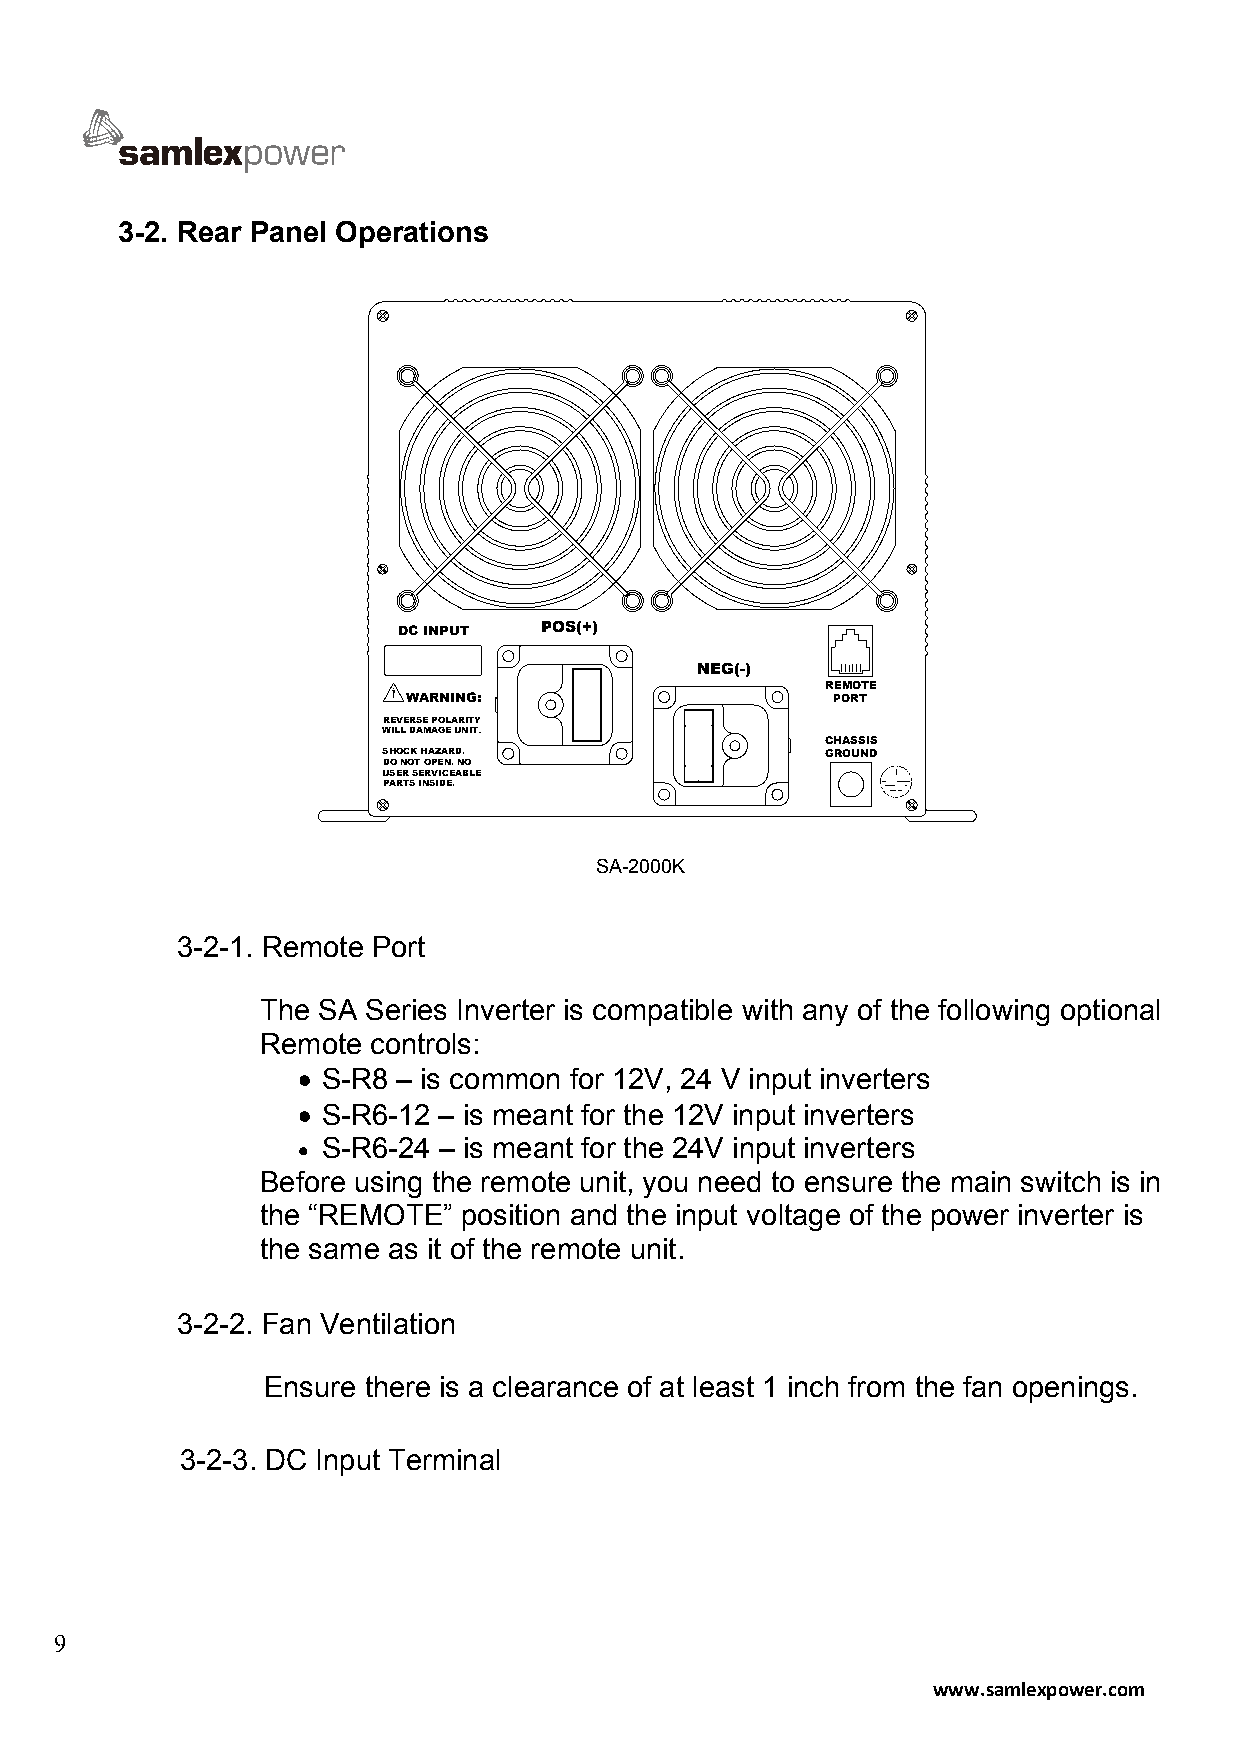
3-2. Rear Panel Operations
 DC INPUT  POS(+)
 NEG(-)
 REMOTE
 WARNING:                    PORT
 REVERSE POLARITY
 WILL DAMAGE UNIT
 CHASSIS
 SHOCK HAZARD.                 GROUND
 DO NOT OPEN. NO
 USER SERVICEABLE
 PARTS INSIDE.
 SA-2000K
 3-2-1. Remote Port
 The SA Series Inverter is compatible with any of the following optional
 Remote controls:
 • S-R8 – is common for 12V, 24 V input inverters
 • S-R6-12 – is meant for the 12V input inverters
 • S-R6-24 – is meant for the 24V input inverters
 Before using the remote unit, you need to ensure the main switch is in
 the “REMOTE” position and the input voltage of the power inverter is
 the same as it of the remote unit.
 3-2-2. Fan Ventilation
 Ensure there is a clearance of at least 1 inch from the fan openings.
 3-2-3. DC Input Terminal
 9
 www.samlexpower.com